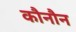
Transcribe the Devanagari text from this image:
कौनौन